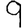
Digit: 9